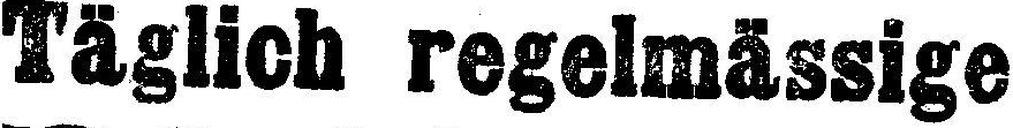
Täglich regelmässige